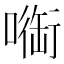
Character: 㗸